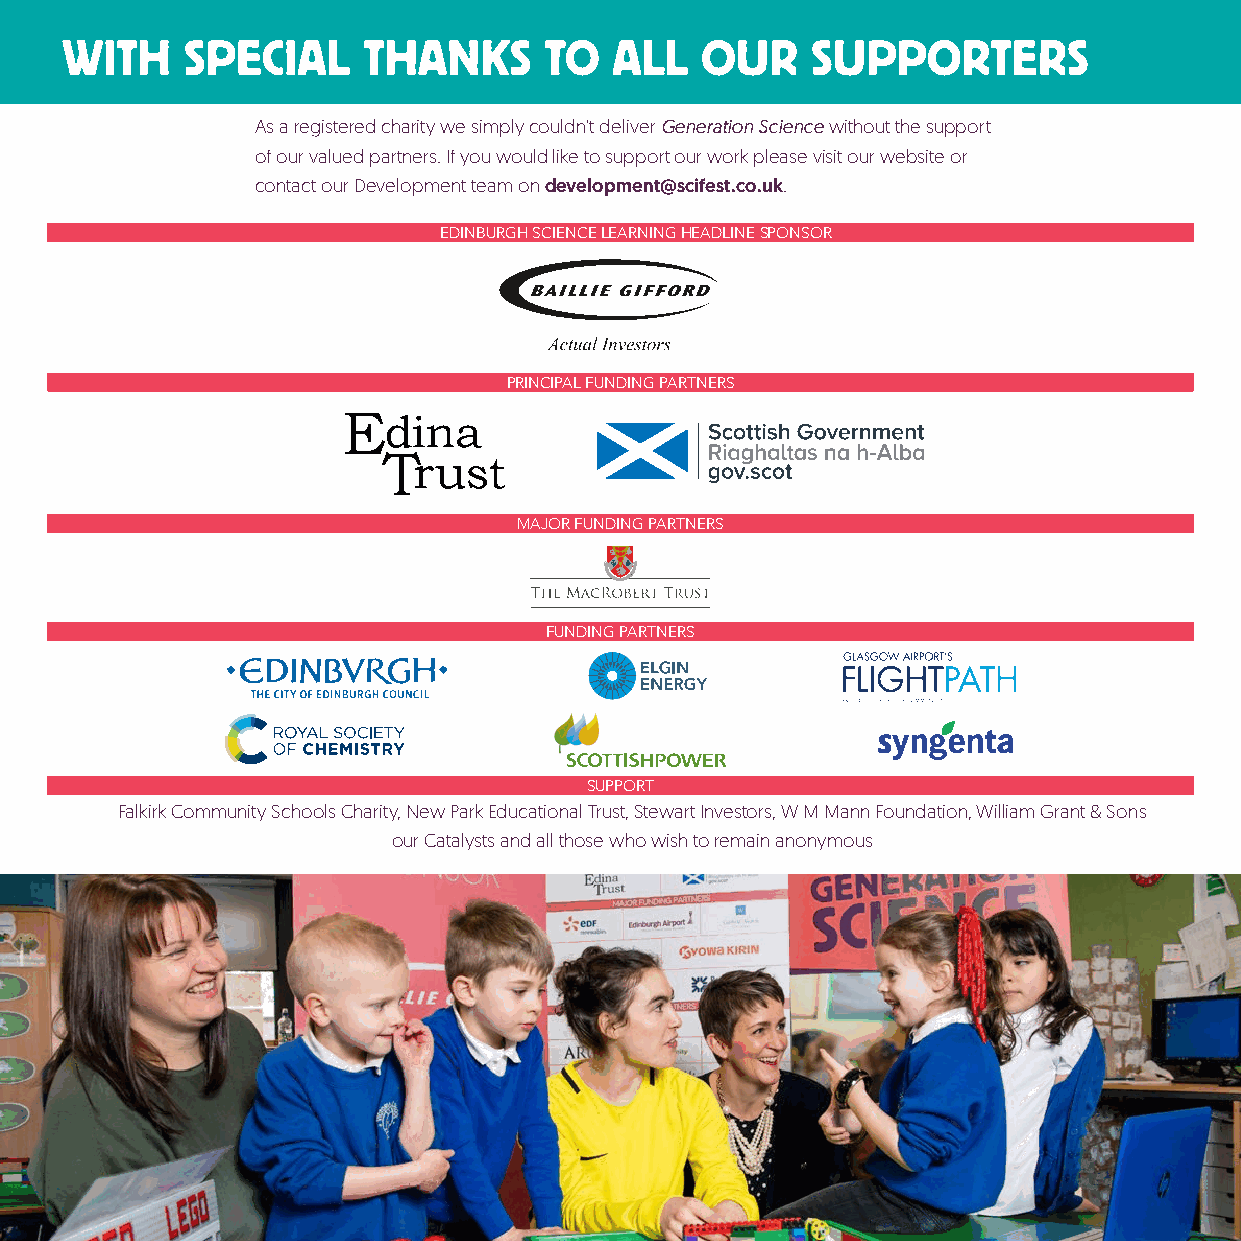
WITH    SPECIAL     THANKS      TO   ALL  OUR     SUPPORTERS
 As a registered charity we simply couldn’t deliver Generation Science without the support
 of our valued partners. If you would like to support our work please visit our website or
 contact our Development team on development@scifest.co.uk.
 EDINBURGH SCIENCE LEARNING HEADLINE SPONSOR
 PRINCIPAL FUNDING PARTNERS
 MAJOR FUNDING PARTNERS
 FUNDING PARTNERS
 SUPPORT
 Falkirk Community Schools Charity, New Park Educational Trust, Stewart Investors, W M Mann Foundation, William Grant & Sons
 our Catalysts and all those who wish to remain anonymous
 generationscience.co.uk
 16   BOOK NOW: generationscience@scifest.co.uk       # g e n e r a t i o n s0 c 1 i 3 e 1n 5 c 5e 3 0 321